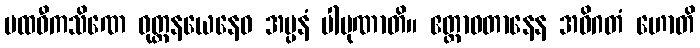
ပထဝီကသိဏေ ဝုတ္တနယေနေဝ အပ္ပနံ ပါပုဏာတိ။ ဧတ္တာဝတာနေန အဓိဂတံ ဟောတိ